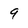
Character: 9